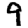
Digit: 9